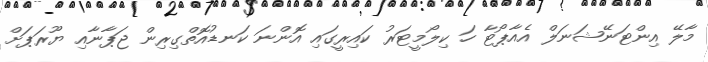
މާލޭ އިންޓަނޭޝަނަލް އެއާޕޯޓާ ހަ ކިލޯމީޓަރު ކައިރީގައި އޮންނަ ކަނޑުއޮތްގިރިން ޖަޕާނާއި ޔޫރަޕަށް